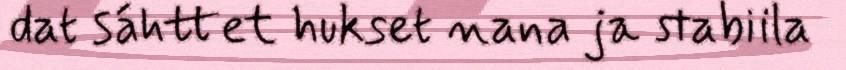
dat sáhttet hukset nana ja stabiila